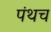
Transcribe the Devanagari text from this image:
पंथच